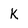
Character: K